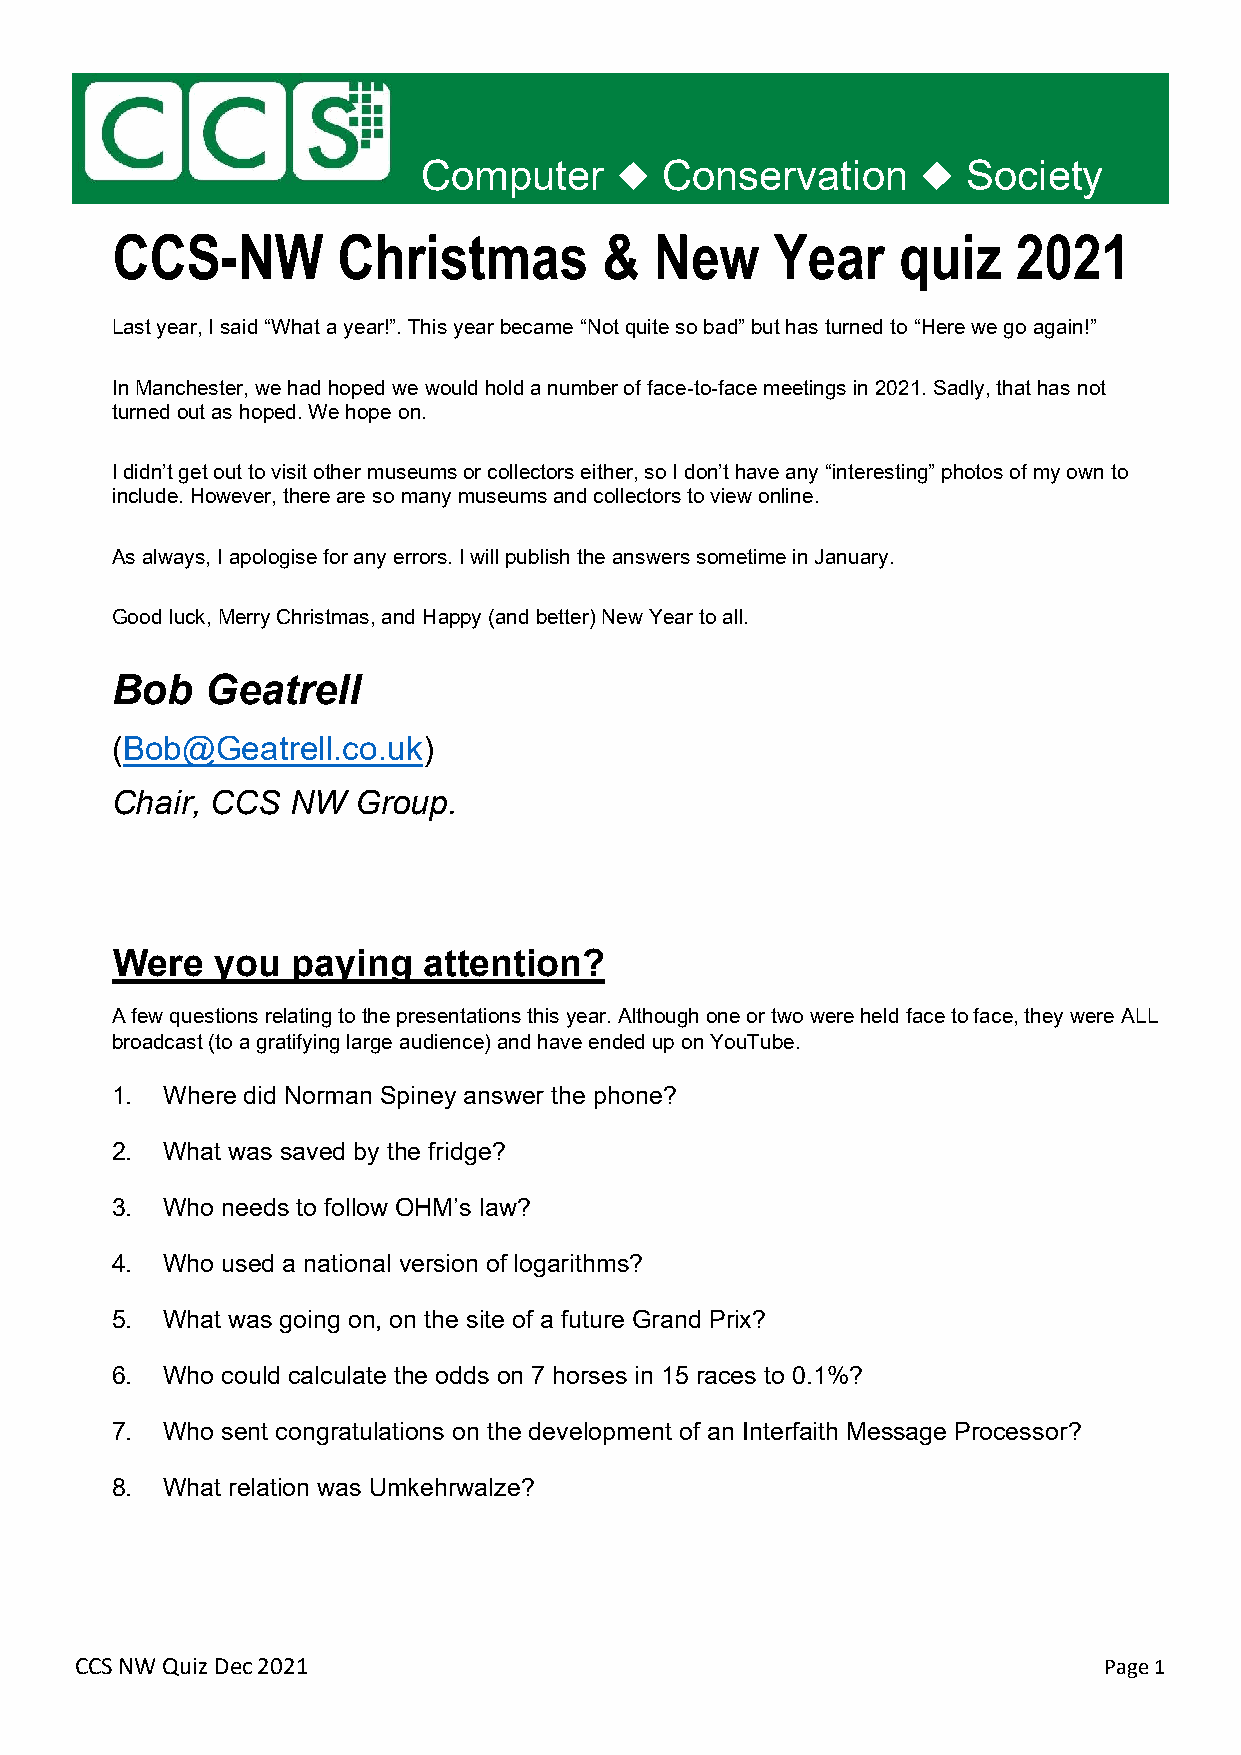
Computer        Conservation        Society
 CCS-NW         Christmas         &  New     Year    quiz    2021
 Last year, I said “What a year!”. This year became “Not quite so bad” but has turned to “Here we go again!”
 In Manchester, we had hoped we would hold a number of face-to-face meetings in 2021. Sadly, that has not
 turned out as hoped. We hope on.
 I didn’t get out to visit other museums or collectors either, so I don’t have any “interesting” photos of my own to
 include. However, there are so many museums and collectors to view online.
 As always, I apologise for any errors. I will publish the answers sometime in January.
 Good luck, Merry Christmas, and Happy (and better) New Year to all.
 Bob    Geatrell
 (Bob@Geatrell.co.uk)
 Chair, CCS  NW  Group.
 Were   you  paying   attention?
 A few questions relating to the presentations this year. Although one or two were held face to face, they were ALL
 broadcast (to a gratifying large audience) and have ended up on YouTube.
 1.  Where did Norman Spiney answer the phone?
 2.  What was saved by the fridge?
 3.  Who needs to follow OHM’s law?
 4.  Who used a national version of logarithms?
 5.  What was going on, on the site of a future Grand Prix?
 6.  Who could calculate the odds on 7 horses in 15 races to 0.1%?
 7.  Who sent congratulations on the development of an Interfaith Message Processor?
 8.  What relation was Umkehrwalze?
 CCS NW Quiz Dec 2021                                                Page 1